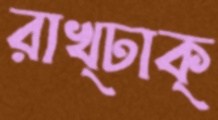
রাখ্ঢাক্